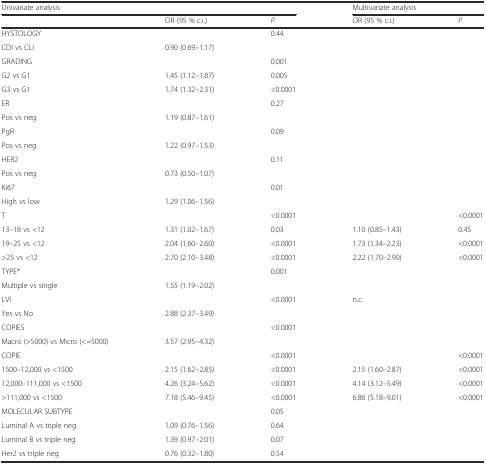
<table><thead><tr><td colspan="3"><b>Univariate analysis</b></td><td colspan="2"><b>Multivariate analysis</b></td></tr><tr><td></td><td><b>OR (95 % c.i.)</b></td><td><b><i>P</i></b></td><td><b>OR (95 % c.i.)</b></td><td><b><i>P</i></b></td></tr></thead><tbody><tr><td>HYSTOLOGY</td><td></td><td rowspan="2">0.44</td><td rowspan="2"></td><td rowspan="2"></td></tr><tr><td>CDI vs CLI</td><td>0.90 (0.69–1.17)</td></tr><tr><td>GRADING</td><td></td><td>0.001</td><td></td><td></td></tr><tr><td>G2 vs G1</td><td>1.45 (1.12–1.87)</td><td>0.005</td><td></td><td></td></tr><tr><td>G3 vs G1</td><td>1.74 (1.32–2.31)</td><td>&lt;0.0001</td><td></td><td></td></tr><tr><td>ER</td><td></td><td rowspan="2">0.27</td><td rowspan="2"></td><td rowspan="2"></td></tr><tr><td>Pos vs neg</td><td>1.19 (0.87–1.61)</td></tr><tr><td>PgR</td><td></td><td>0.09</td><td rowspan="2"></td><td rowspan="2"></td></tr><tr><td>Pos vs neg</td><td>1.22 (0.97–1.53)</td><td></td></tr><tr><td>HER2</td><td></td><td>0.11</td><td></td><td></td></tr><tr><td>Pos vs neg</td><td>0.73 (0.50–1.07)</td><td></td><td></td><td></td></tr><tr><td>Ki67</td><td></td><td>0.01</td><td></td><td></td></tr><tr><td>High vs low</td><td>1.29 (1.06–1.56)</td><td></td><td></td><td></td></tr><tr><td>T</td><td></td><td>&lt;0.0001</td><td></td><td>&lt;0.0001</td></tr><tr><td>13–18 vs &lt;12</td><td>1.31 (1.02–1.67)</td><td>0.03</td><td>1.10 (0.85–1.43)</td><td>0.45</td></tr><tr><td>19–25 vs &lt;12</td><td>2.04 (1.60–2.60)</td><td>&lt;0.0001</td><td>1.73 (1.34–2.23)</td><td>&lt;0.0001</td></tr><tr><td>&gt;25 vs &lt;12</td><td>2.70 (2.10–3.48)</td><td>&lt;0.0001</td><td>2.22 (1.70–2.90)</td><td>&lt;0.0001</td></tr><tr><td>TYPE*</td><td></td><td>0.001</td><td></td><td></td></tr><tr><td>Multiple vs single</td><td>1.55 (1.19–2.02)</td><td></td><td></td><td></td></tr><tr><td>LVI</td><td></td><td>&lt;0.0001</td><td>n.c.</td><td></td></tr><tr><td>Yes vs No</td><td>2.88 (2.37–3.49)</td><td></td><td></td><td></td></tr><tr><td>COPIES</td><td></td><td>&lt;0.0001</td><td></td><td></td></tr><tr><td>Macro (&gt;5000) vs Micro (&lt;=5000)</td><td>3.57 (2.95–4.32)</td><td></td><td></td><td></td></tr><tr><td>COPIE</td><td></td><td>&lt;0.0001</td><td></td><td>&lt;0.0001</td></tr><tr><td>1500–12,000 vs &lt;1500</td><td>2.15 (1.62–2.85)</td><td>&lt;0.0001</td><td>2.15 (1.60–2.87)</td><td>&lt;0.0001</td></tr><tr><td>12,000–111,000 vs &lt;1500</td><td>4.26 (3.24–5.62)</td><td>&lt;0.0001</td><td>4.14 (3.12–5.49)</td><td>&lt;0.0001</td></tr><tr><td>&gt;111,000 vs &lt;1500</td><td>7.18 (5.46–9.45)</td><td>&lt;0.0001</td><td>6.86 (5.18–9.01)</td><td>&lt;0.0001</td></tr><tr><td>MOLECULAR SUBTYPE</td><td></td><td>0.05</td><td></td><td></td></tr><tr><td>Luminal A vs triple neg</td><td>1.09 (0.76–1.56)</td><td>0.64</td><td></td><td></td></tr><tr><td>Luminal B vs triple neg</td><td>1.39 (0.97–2.01)</td><td>0.07</td><td></td><td></td></tr><tr><td>Her2 vs triple neg</td><td>0.76 (0.32–1.80)</td><td>0.54</td><td></td><td></td></tr></tbody></table>